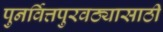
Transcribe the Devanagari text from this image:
पुनर्वित्तपुरवठ्यासाठी